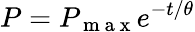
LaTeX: P=P_{\mathrm{~m~a~x~}}e^{-t/\theta}